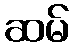
ဆမ်